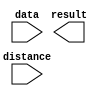
module zxw_shift1 (
	data,
	distance,
	result);

	input	[15:0]  data;
	input	[3:0]  distance;
	output	[15:0]  result;

endmodule